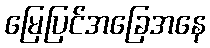
မြေပြင်အခြေအနေ